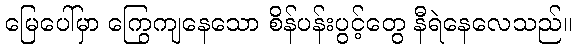
မြေပေါ်မှာ ကြွေကျနေသော စိန်ပန်းပွင့်တွေ နီရဲနေလေသည်။